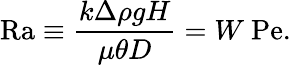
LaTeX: \mathrm{Ra}\equiv\frac{k\Delta\rho gH}{\mu\theta D}=W\ \mathrm{Pe}.